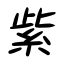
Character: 紫